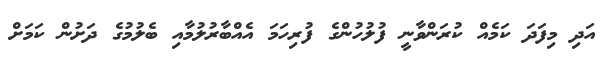
އަދި މިފަދަ ކަމެއް ކުރަންވާނީ ފުލުހުންގެ ފުރިހަމަ އެއްބާރުލުމާއި ބެލުމުގެ ދަށުން ކަމަށް